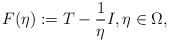
\begin{align*}F(\eta) := T - \frac{1}{\eta} I, \eta \in \Omega,\end{align*}